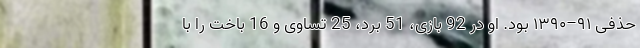
حذفی ۹۱–۱۳۹۰ بود. او در 92 بازی، 51 برد، 25 تساوی و 16 باخت را با